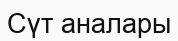
Сүт аналары